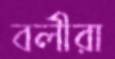
বলীরা